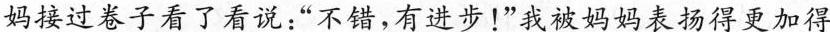
妈接过卷子看了看说：”不错，有进步！”我被妈妈表扬得更加得